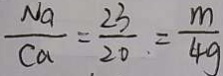
\frac { N a } { C a } = \frac { 2 3 } { 2 0 } = \frac { m } { 4 g }